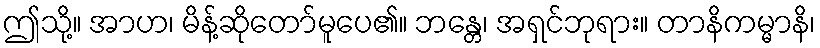
ဤသို့။ အာဟ၊ မိန့်ဆိုတော်မူပေ၏။ ဘန္တေ၊ အရှင်ဘုရား။ တာနိကမ္မာနိ၊